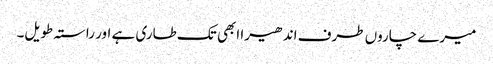
میرے چاروں طرف اندھیرا ابھی تک طاری ہے اور راستہ طویل۔